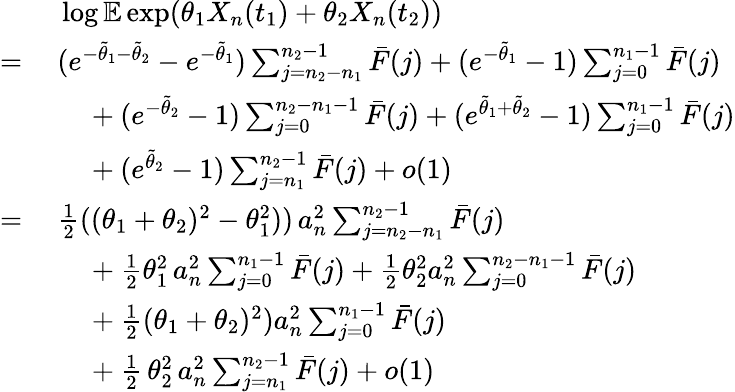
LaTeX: \begin{array}{rl}&{~\log\mathbb{E}\exp(\theta_{1}X_{n}(t_{1})+\theta_{2}X_{n}(t_{2}))}\\ {=}&{~(e^{-\tilde{\theta}_{1}-\tilde{\theta}_{2}}-e^{-\tilde{\theta}_{1}})\sum_{j=n_{2}-n_{1}}^{n_{2}-1}\bar{F}(j)+(e^{-\tilde{\theta}_{1}}-1)\sum_{j=0}^{n_{1}-1}\bar{F}(j)}\\ &{~~~~~+(e^{-\tilde{\theta}_{2}}-1)\sum_{j=0}^{n_{2}-n_{1}-1}\bar{F}(j)+(e^{\tilde{\theta}_{1}+\tilde{\theta}_{2}}-1)\sum_{j=0}^{n_{1}-1}\bar{F}(j)}\\ &{~~~~~+(e^{\tilde{\theta}_{2}}-1)\sum_{j=n_{1}}^{n_{2}-1}\bar{F}(j)+o(1)}\\ {=}&{~\frac{1}{2}((\theta_{1}+\theta_{2})^{2}-\theta_{1}^{2}))\, a_{n}^{2}\sum_{j=n_{2}-n_{1}}^{n_{2}-1}\bar{F}(j)}\\ &{~~~~~+\frac{1}{2}\theta_{1}^{2}\, a_{n}^{2}\sum_{j=0}^{n_{1}-1}\bar{F}(j)+\frac{1}{2}\theta_{2}^{2}a_{n}^{2}\sum_{j=0}^{n_{2}-n_{1}-1}\bar{F}(j)}\\ &{~~~~~+\frac{1}{2}(\theta_{1}+\theta_{2})^{2})a_{n}^{2}\sum_{j=0}^{n_{1}-1}\bar{F}(j)}\\ &{~~~~~+\frac{1}{2}\, \theta_{2}^{2}\, a_{n}^{2}\sum_{j=n_{1}}^{n_{2}-1}\bar{F}(j)+o(1)}\end{array}